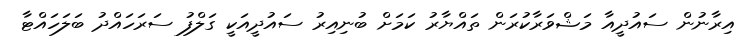
އިރާނުން ސައުދީއާ މަޝްވަރާކުރަން ތައްޔާރު ކަމަށް ބުނިއިރު ސައުދީއަކީ ގަލްފު ސަރަހައްދު ބަލަހައްޓާ